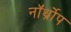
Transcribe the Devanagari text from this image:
नॉर्थ्रोप